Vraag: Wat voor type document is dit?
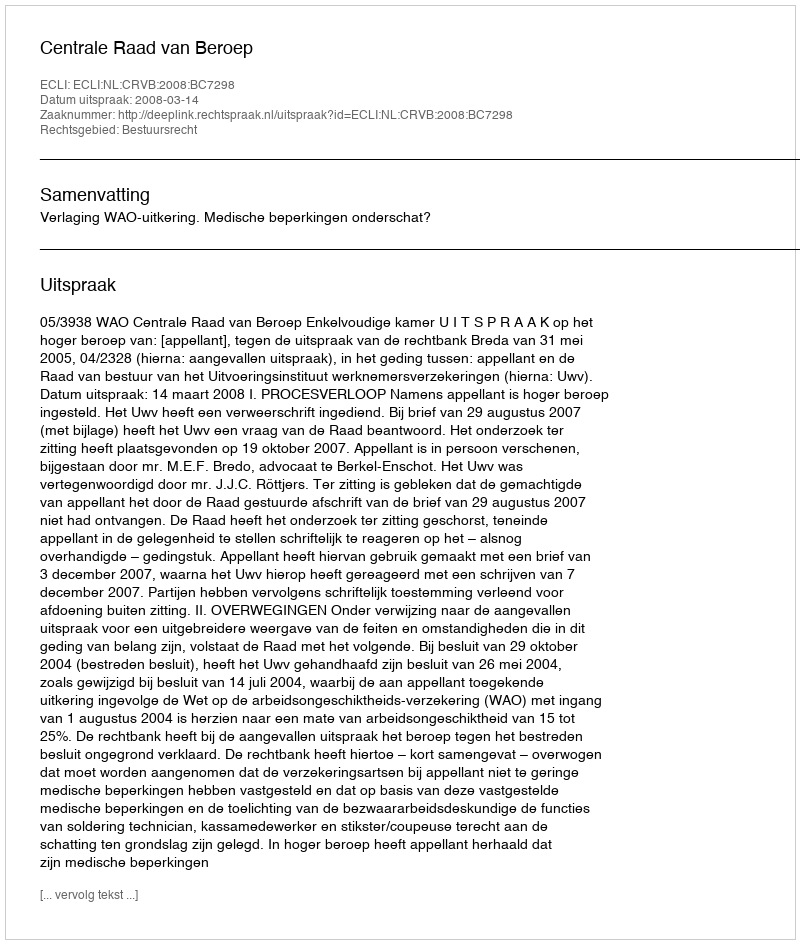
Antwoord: Uitspraak